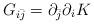
LaTeX: \begin{align*}G_{i{\bar j}} = \partial_{\bar j} \partial_i K\end{align*}